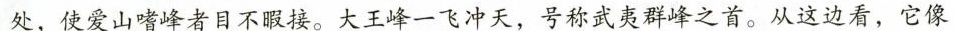
处，使爱山嗜峰者目不暇接。大王峰一飞冲天，号称武夷群峰之首。从这边看，它像